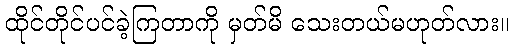
ထိုင်တိုင်ပင်ခဲ့ကြတာကို မှတ်မိ သေးတယ်မဟုတ်လား။